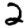
Digit: 2